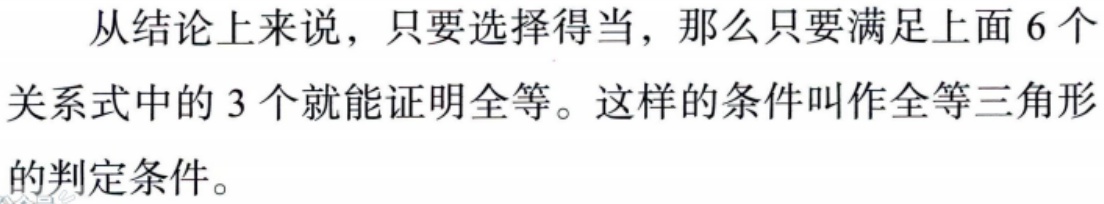
从结论上来说，只要选择得当，那么只要满足上面6个关系式中的3个就能证明全等。这样的条件叫作全等三角形的判定条件。